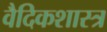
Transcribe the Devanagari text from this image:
वैदिकशास्त्र